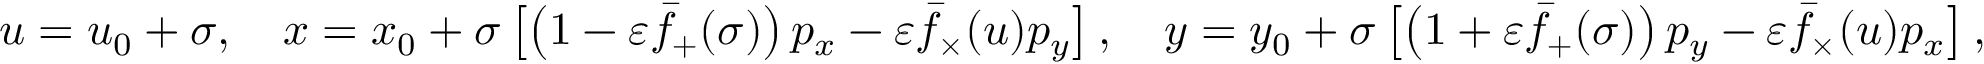
\begin{array} { r } { u = u _ { 0 } + \sigma , \quad x = x _ { 0 } + \sigma \left[ \left( 1 - \varepsilon \bar { f } _ { + } ( \sigma ) \right) p _ { x } - \varepsilon \bar { f } _ { \times } ( u ) p _ { y } \right] , \quad y = y _ { 0 } + \sigma \left[ \left( 1 + \varepsilon \bar { f } _ { + } ( \sigma ) \right) p _ { y } - \varepsilon \bar { f } _ { \times } ( u ) p _ { x } \right] , } \end{array}